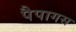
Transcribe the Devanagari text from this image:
पैपागस